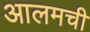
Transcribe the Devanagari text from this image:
आलमची